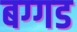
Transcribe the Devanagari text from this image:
बग्‍गड